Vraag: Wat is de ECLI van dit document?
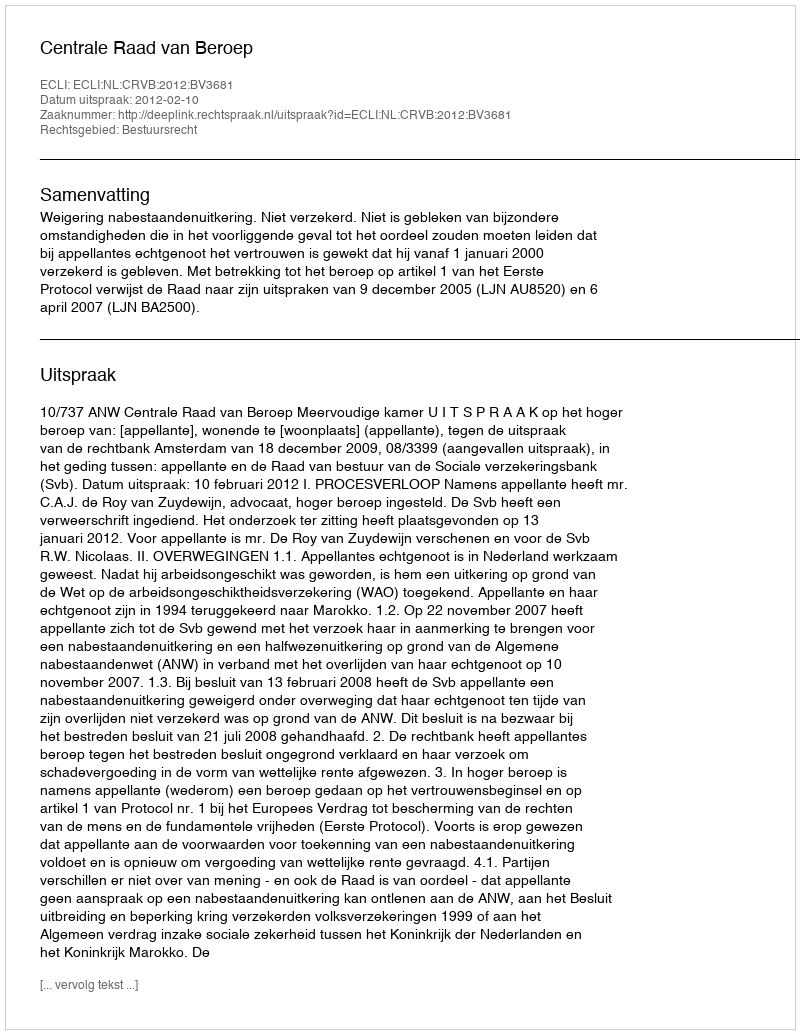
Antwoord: ECLI:NL:CRVB:2012:BV3681